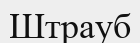
Штрауб